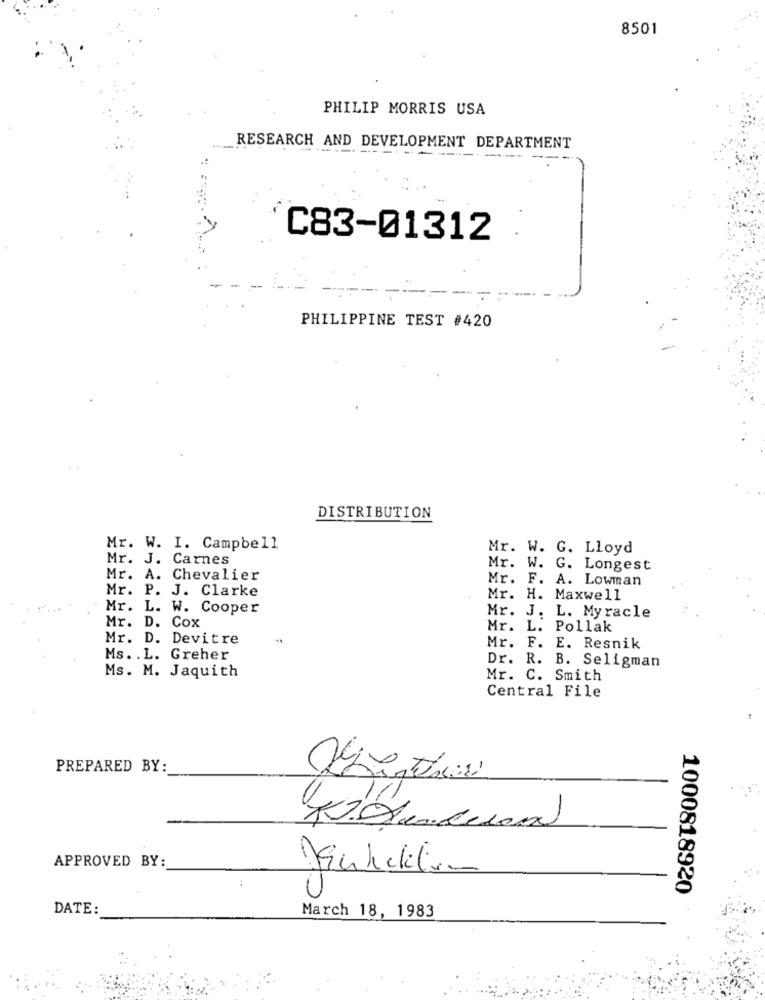
8501
PHILIP MORRIS USA
RESEARCH AND DEVELOPMENT DEPARTMENT
------ ---
C83-01312
PHILIPPINE TEST #420
DISTRIBUTION
Mr. W. I. Campbell
Mr. W. G. Lloyd
Mr. J. Carnes
Mr. W. G. Longest
Mr. A. Chevalier
Mr. F. A. Lowman
Mr. P. J. Clarke
Mr. H. Maxwell
Mr. L. W. Cooper
Mr. J. L. Myracle
Mr. D. Cox
Mr. L. Pollak
Mr. D. Devitre
Mr. F. E. Resnik
Ms. . L. Greher
Ms. M. Jaquith
Dr. R. B. Seligman
Mr. C. Smith
Central File
PREPARED BY :
APPROVED BY:
1000818920
DATE:
March 18, 1983